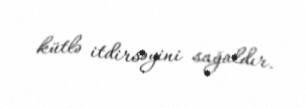
kütlə itdirsəyini sağaldır.